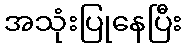
အသုံးပြုနေပြီး